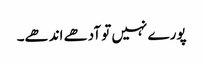
پورے نہیں تو آدھے اندھے۔